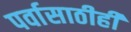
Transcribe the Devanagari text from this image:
पर्वासाठीही